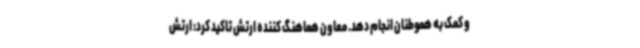
و کمک به هموطنان انجام دهد. معاون هماهنگ کننده ارتش تاکید کرد: ارتش